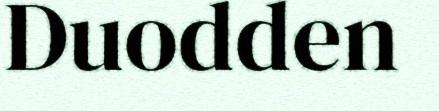
Duodden